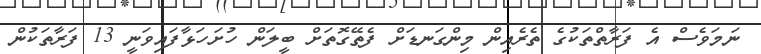
ނަމަވެސް އެ ފަރާތްތަކުގެ ތެރެއިން މިންގަނޑަށް ފެތޭގޮތަށް ބީލަން ހުށަހަޅާފައިވަނީ 13 ފަރާތަކުން